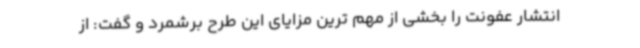
انتشار عفونت را بخشی از مهم ترین مزایای این طرح برشمرد ‌و گفت: از